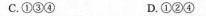
C.①③④ D.①②④